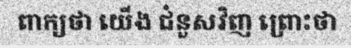
ពាក្យថា យើង ជំនួសវិញ ព្រោះថា